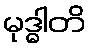
မုဒ္ဓါတိ